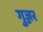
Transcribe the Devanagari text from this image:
गुज़़र